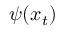
\psi ( x _ { t } )